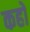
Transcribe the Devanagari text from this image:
कहों